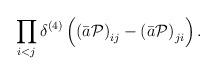
LaTeX: \begin{align*}\prod_{i<j}\delta^{(4)}\left(\left(\bar{a}{\cal P}\right)_{ij}-\left(\bar{a}{\cal P}\right)_{ji}\right). \end{align*}